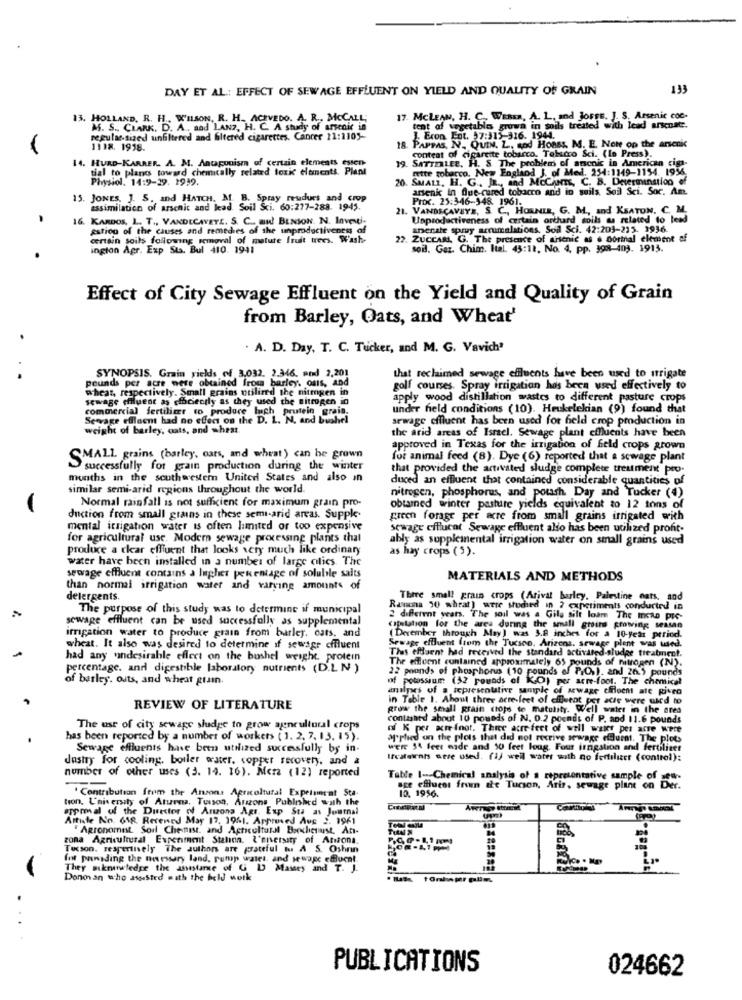
DAY ET AL .: EFFECT OF SEWAGE EFFLUENT ON YIELD AND QUALITY OF GRAIN
193
13. HOLLAND. R. H ., WILSON. R. H. ACEVEDO. A. R ., MCCALL;
17. MCLEAN, H. C. WEREa, A. L. and JoFFE. J. S. Arsenic coc-
M. S .. CLARK. D. A ., and LAN ?, H. C. A study of arsenic in
tent of vegetables grown in soils treated with lead arsenst.
regulae-sized unfiltered and filtered cigarettes. Cancer 21:1105-
Eron Eot. 37:313-316. 1944.
1118. 1918.
18. PAPPAS, N. QUIN. L. sod HORSs, M. E. Now op the arsenic
content of cigarette tobacco. Tabacco Sci. ([o Press).
14. HURD-KARRER. A. M. Antagonism of certain elements esten-
19. SATTERLEE. H. S. The problems of anenic in American cig-
tial to plans toward chemically related toxic eltments. Plant
mette tobarco. New England J. of Med. 254:1149-1154. 1956.
Physiol. 14:9-29. 1939.
20. SMALL, H. G ., JR ., and McCANTE, C. B. Determination of
arsenic In fue-cured tobacco and in suils Seil Sci. Soc. An.
15. JONES, J. S. and HATCH. M. B. Spray reudurs and crop
Proc. 25:3-46-148. 1961.
assimilation of arsenic and lead. Soil Sci. 60:277-288. 1945.
21. VANDSCAVIYE, S. C ., HORNER, G. M ., and KEATON. C. M.
16. KARDOS, L. T ., VANDECAVETE. S. C .. au! BENION. N. Inventi-
Unproductiveness of certain orthard soils as related to lead
estion of the causes and remedies of the unproductiveness of
anerate spruy arrumalations, Soil Sci. 42:209-215. 1936.
certain soils following removal of mature fruit trees. Wash-
22. ZUCCAM. G. The presence of arsenic as . Dortal element of
ington Agr. Exp Sta. Bul 410. 1941
soil. Gaz. Chim. Ital. 43:18, No. 4, pp. 398-403. 1915.
Effect of City Sewage Effluent on the Yield and Quality of Grain
from Barley, Oats, and Wheat'
. A. D. Day, T. C. Tucker, and M. G. Vavich'
pounds per acre were obtained from barley. oss, and
SYNOPSIS. Grain yields of 3.032. 2.346. and 2,201
that reclaimed sewage effluents have been used to irrigate
wheat, respectively. Small grains utilized the nitmgen in
golf courses. Spray irrigation has been used effectively to
sewage effluent as efficiently as they used the nitrogen in
apply wood distillation wastes to different pasture crops
commercial fertilizer to produce Inch prutein grain.
under field conditions (10). Heukelekian (9) found that
Servage effluent had no effect on the D. L. N. and bushel
sewage effluent has been used for held crop production in
weight of barley, oats, and wheat.
the arid areas of Israel. Sewage plant effluents have been
approved in Texas for the irrigation of feld crops grown
SMALL grains (barley, cars, and wheat) can be grown
for animal feed (8). Dye (6) reported that a sewage plant
successfully for grain production during the winter
that provided the activated sludge complete treatment pro-
months in the southwestern United States and also in
duced an effluent that contained considerable quantities of
similar semi-arid regions throughout the world.
nitrogen, phosphorus, and pouch Day and Tucker (4)
Normal rainfall is not sufficient for maximum grain pro-
obtamed winter pasture yields equivalent to 12 tons of
duction from small grains in these semi-arid areas. Supple-
green forage per acre from small grains irrigated with
mental irrigation water is often limited or too expensive
sewage efflucat Sewage effluent also has been utilized proft.
for agricultural use. Modern sewage processing plants that
ably as supplemental irrigation water on small grains used
produce a clear effluent that looks very much like ordinary
as hay crops ( 3).
water have been installed in a number of large olics. The
sewage effluent contains a Inghet percentage of soluble salts
MATERIALS AND METHODS
than normal irrigation water and varying amounts of
detergents.
Three small grain crops (Arival barley, Palestine nats, and
The purpose of this study was to determine if municipal
Rauma 30 wheat) were somhed in ? experiments conducted in
sewage effluent can be used successfully as supplemental
2 different years. The soul was a Gila sift loam The InGAD PIC-
copulation for the area during the small grains growing season
irrigation water to produce grain from barley. cats, and
( Derember through May) was 3.8 inches for a 10-year period.
wheat. It also was desired to determine if sewage cffluent
Thes effluent had received the standard activated-al
Sewage effluent from the Tucson, Arizona, sewage plent was wird.
had any undesirable effect on the bushel weight. protein
The effluent contained approximately 65 pounds of nitrogen (N).
ivared sludge treatment.
percentage. and digestible laboratory nutrients (D.LN )
22 pounds of phosphono (10 pounds of P.O.). and 26.5 pounds
of barley. outs, and wheat grain.
of potassium (32 pounds of KO) per acre-foot. The chemical
analyses of a representative sample of sewage effluent ate pisco
in Table 1. About three acre-feet of efileent por atie were used to
REVIEW OF LITERATURE
grow the small grain crops to matulity. W
well water in the area
contained about 10 pounds of N. 0.2 pounds of P. and 11.6 pounds
The use of city sewage sludge to grow agencultural crops
of K per acre (not. Three acre feet of well wales per acre were
has been reported by a number of workers ( 1. 2. 7. 13. 15).
applied on the plots that did not receive sewage curet. The plets
Sewage effluents have been utilized successfully by in-
were 54 feet wide and 50 feet loug. Four irngstion and fertilizer
dustry for cooling. boiler water, copper recovery, and a
Iteaternis were used. (1) well water wath no fertilizer (control):
number of other uses (3. 14. 16). Mera (12) reported
Table 1 -- Chemical analysis of a representative sample of see-
ace efflucot from the Tucson, Ariz, sewage plant on Der.
tion, L'niversity of Aturna, Tucson, Arizona Pubinbed with the
Contribution from the Annons Agricultural Experiment Sta.
10. 1956.
erprmal of the Duester of Anzona Agr. Exp Sta as Journal
Artiste No. 61R. Recened May 17. 1961. Approved Aus 2. 1961
" Agronomist Soil Chenist, and Agricultural Bookcherust, An-
zona Agricultural Experiment Station. L'enversity of Arizona.
Tucson. reapertively The authors are grateful to A S. Oshrin
fot pansding the nursery land. rump wales, and sewage cfucat.
M
They suknowledge the instance of G DD Massey and T. J.
Donovan who assisted with the field work
tonkaprun
PUBLICATIONS
024662